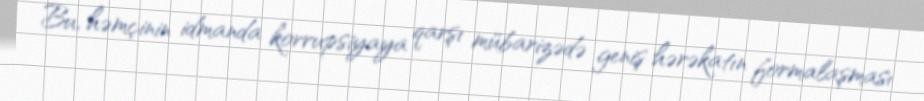
Bu, həmçinin idmanda korrupsiyaya qarşı mübarizədə geniş hərəkatın formalaşması